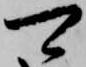
可